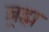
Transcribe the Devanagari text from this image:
ब्र्रह्म